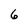
Character: 6